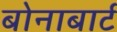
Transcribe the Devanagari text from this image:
बोनाबार्ट